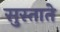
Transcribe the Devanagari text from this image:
सुस्ताते